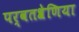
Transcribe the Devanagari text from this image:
पर्वतश्रेणिया